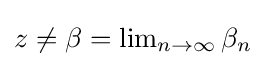
{\textstyle z\neq \beta =\lim _{n\to \infty }\beta _{n}}